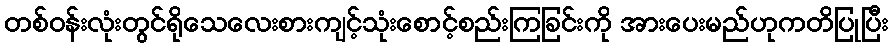
တစ်ဝန်းလုံးတွင်ရိုသေလေးစားကျင့်သုံးစောင့်စည်းကြခြင်းကို အားပေးမည်ဟုကတိပြုပြီး